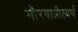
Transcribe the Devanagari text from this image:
गौरवाप्रीत्यर्थ